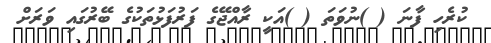
ކުރެހި ފާނަ ( )ނުވަތަ ( )އަކީ ރާއްޖޭގެ ފަރުފަޅުތަކުގެ ބޭރުގައި ވަރަށް